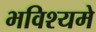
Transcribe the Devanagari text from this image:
भविश्यमे